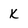
Character: k